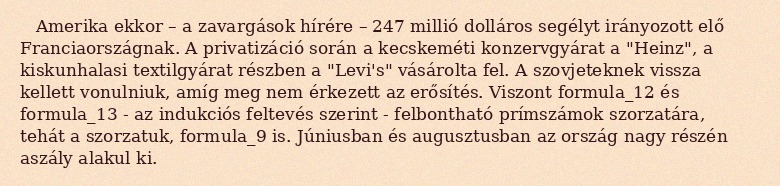
Amerika ekkor – a zavargások hírére – 247 millió dolláros segélyt irányozott elő Franciaországnak. A privatizáció során a kecskeméti konzervgyárat a "Heinz", a kiskunhalasi textilgyárat részben a "Levi's" vásárolta fel. A szovjeteknek vissza kellett vonulniuk, amíg meg nem érkezett az erősítés. Viszont formula_12 és formula_13 - az indukciós feltevés szerint - felbontható prímszámok szorzatára, tehát a szorzatuk, formula_9 is. Júniusban és augusztusban az ország nagy részén aszály alakul ki.